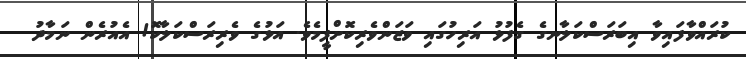
ކުރައްވާފައިވާ އިބަރަސްކަލާނގެ ގެފުޅު އަރިހުގައި ވަޒަންވެރިކޮށްފީމެވެ. އަޅުގެ ވެރިރަސްކަލާކޮ! އެއުރެން ނަމާދު